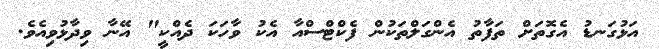
އަޅުގަނޑު އެގޮތަށް ތަފާތު އެންގަލްތަކުން ފެކްޓްސްއާ އެކު ވާހަކަ ދެއްކީ" އޭނާ ވިދާޅުވިއެވެ.